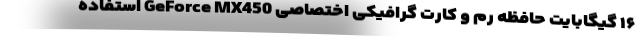
۱۶ گیگابایت حافظه رم و کارت گرافیکی اختصاصی GeForce MX450 استفاده